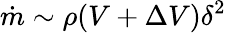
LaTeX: \dot{m}\sim\rho(V+\Delta V)\delta^{2}